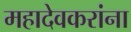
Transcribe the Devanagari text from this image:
महादेवकरांना